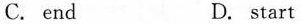
C. end D. start